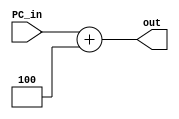
module adder(PC_in, out);

	input [31:0] PC_in;
	output reg [31:0] out;
	

	always @(PC_in) begin
		out <= PC_in + 32'h00000004;
	end
endmodule